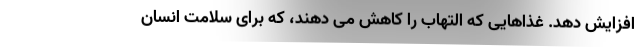
افزایش دهد. غذاهایی که التهاب را کاهش می دهند، که برای سلامت انسان